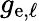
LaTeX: g_{\mathrm{e,\ell}}